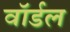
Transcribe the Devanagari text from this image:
वॉर्डल